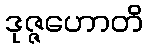
ဒုဇ္ဇဟောတိ